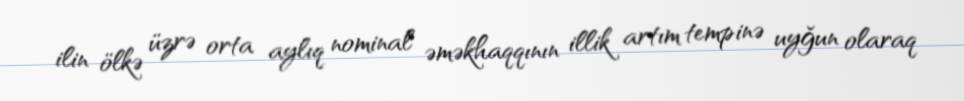
ilin ölkə üzrə orta aylıq nominal əməkhaqqının illik artım tempinə uyğun olaraq